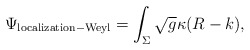
\begin{align*}\Psi_{{\rm localization - Weyl}} = \int_{\Sigma} \sqrt{g} \kappa ( R - k),\end{align*}